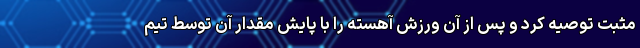
مثبت توصیه کرد و پس از آن ورزش آهسته را با پایش مقدار آن توسط تیم